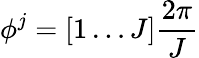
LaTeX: \phi^{j}=[1\ldots J]\frac{2\pi}{J}